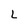
Character: l